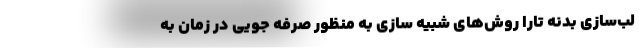
لب‌سازی بدنه تارا روش‌های شبیه سازی به منظور صرفه جویی در زمان به